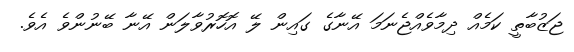
ޖަޒުބާތީ ކަމެއް ދިމާވެއްޖެނަމަ އޭނާގެ ގައިން ލޭ އޮހޮރުވާލަން އޭނާ ބޭނުންވެ އެވެ.